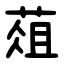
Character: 葅